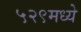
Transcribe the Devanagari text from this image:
५२९मध्ये